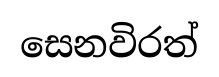
සෙනවිරත්